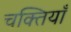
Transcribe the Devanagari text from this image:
चक्तियाँ